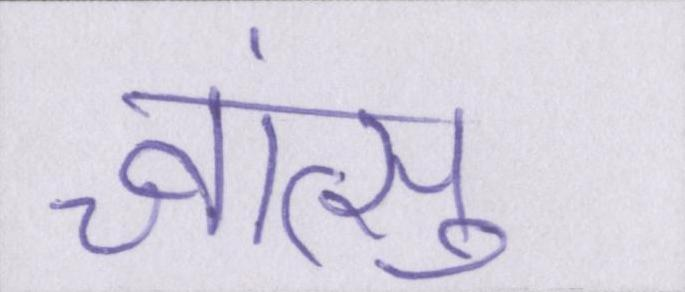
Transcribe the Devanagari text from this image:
च्वांत्सु